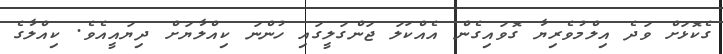
ގެކޮޅަށް ވަދެ އިލްމުވެރިޔާ ގޮވައިގެން އެއްކަލަ ޖަންގަލީގައި ހުންނަ ކިއްލާޔަށް ދިޔައީއެވެ. ކިއްލާގެ